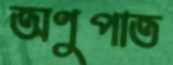
অণুপাত